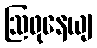
ဩဖုနေယျ